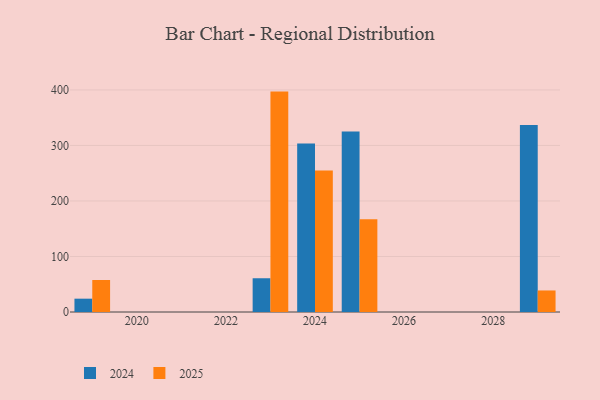
{"axis": {"x": "Year", "y": "Conversion Rate (%)"}, "legend": ["2024", "2025"], "data": [{"x": "2023", "y": 60.8, "type": "2024"}, {"x": "2023", "y": 397.0, "type": "2025"}, {"x": "2024", "y": 303.4, "type": "2024"}, {"x": "2024", "y": 254.8, "type": "2025"}, {"x": "2029", "y": 336.9, "type": "2024"}, {"x": "2029", "y": 38.8, "type": "2025"}, {"x": "2019", "y": 24.0, "type": "2024"}, {"x": "2019", "y": 57.6, "type": "2025"}, {"x": "2025", "y": 325.0, "type": "2024"}, {"x": "2025", "y": 166.9, "type": "2025"}]}